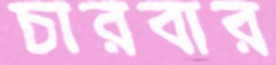
চারবার